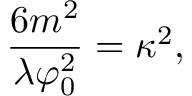
\frac { 6 m ^ { 2 } } { \lambda \varphi _ { 0 } ^ { 2 } } = \kappa ^ { 2 } ,